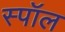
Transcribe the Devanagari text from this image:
स्पॉल